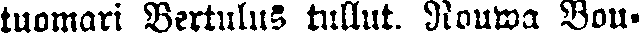
tuomari Bertulus tullut. Rouwa Bou-